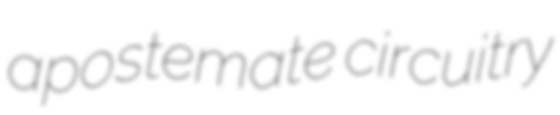
apostemate circuitry